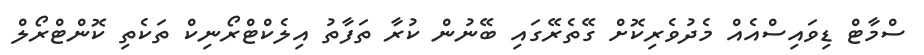
ސްމާޓް ޑިވައިސްއެއް މެދުވެރިކޮށް ގޭތެރޭގައި ބޭނުން ކުރާ ތަފާތު އިލެކްޓްރޯނިކް ތަކެތި ކޮންޓްރޯލް